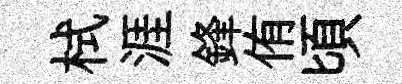
栻涯鋒侑頃